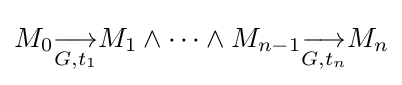
M_{0}{\underset {G,t_{1}}{\longrightarrow }}M_{1}\wedge \cdots \wedge M_{n-1}{\underset {G,t_{n}}{\longrightarrow }}M_{n}